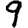
Digit: 9